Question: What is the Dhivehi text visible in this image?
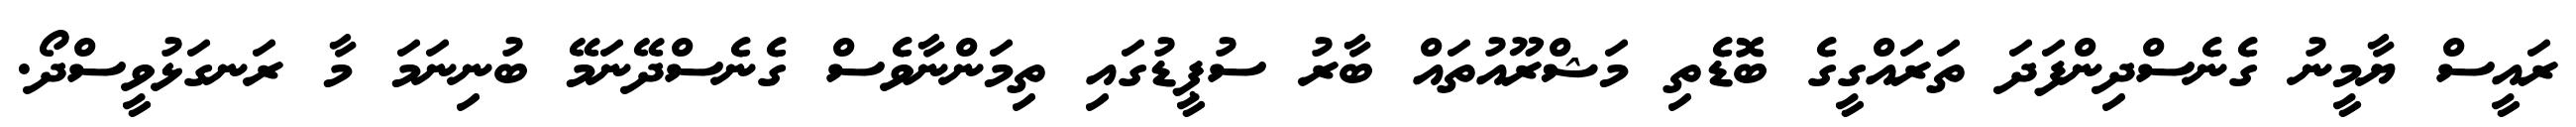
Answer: ރައީސް ޔާމީނު ގެނެސްދިންފަދަ ތަރައްގީގެ ބޮޑެތި މަޝްރޫއުތައް ބާރު ސުޕީޑުގައި ތިމަންނާވެސް ގެނެސްދޭނަމޭ ބުނިނަމަ މާ ރަނގަޅުވީސްދޯ.